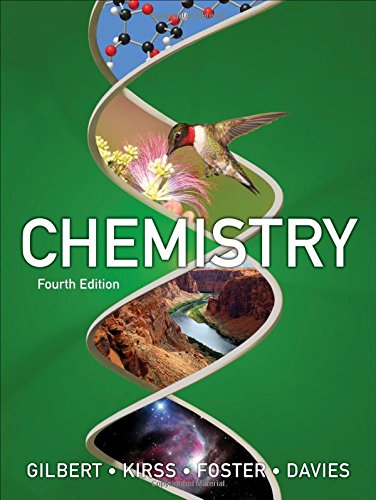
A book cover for Chemistry: The Science in Context (Fourth Edition); Thomas R. Gilbert; Science & Math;